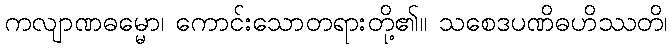
ကလျာဏဓမ္မော၊ ကောင်းသောတရားတို့၏။ သစေဒပဏိဓဟိဿတိ၊